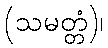
(သမတ္တံ)၊